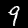
Label: 9